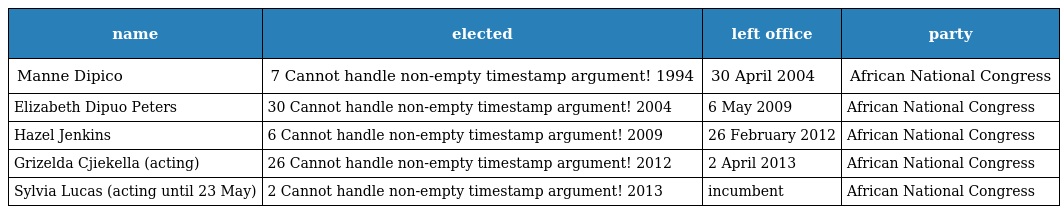
| name | elected | left office | party |
 | --- | --- | --- | --- |
 | Manne Dipico | 7 Cannot handle non-empty timestamp argument! 1994 | 30 April 2004 | African National Congress |
 | Elizabeth Dipuo Peters | 30 Cannot handle non-empty timestamp argument! 2004 | 6 May 2009 | African National Congress |
 | Hazel Jenkins | 6 Cannot handle non-empty timestamp argument! 2009 | 26 February 2012 | African National Congress |
 | Grizelda Cjiekella (acting) | 26 Cannot handle non-empty timestamp argument! 2012 | 2 April 2013 | African National Congress |
 | Sylvia Lucas (acting until 23 May) | 2 Cannot handle non-empty timestamp argument! 2013 | incumbent | African National Congress |